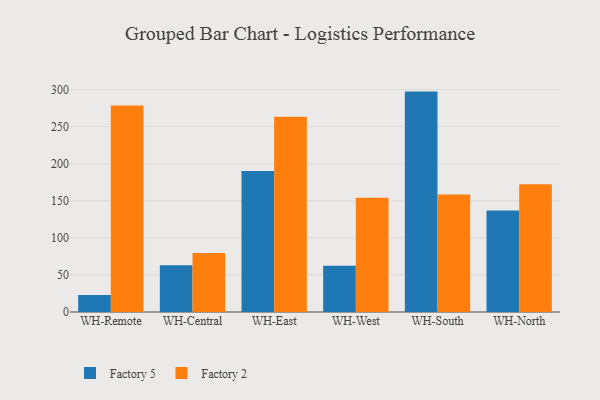
{"axis": {"x": "Warehouse", "y": "Inventory Turnover"}, "legend": ["Factory 2", "Factory 5"], "data": [{"x": "WH-Remote", "y": 23.0, "type": "Factory 5"}, {"x": "WH-Remote", "y": 278.5, "type": "Factory 2"}, {"x": "WH-Central", "y": 63.1, "type": "Factory 5"}, {"x": "WH-Central", "y": 79.4, "type": "Factory 2"}, {"x": "WH-East", "y": 190.1, "type": "Factory 5"}, {"x": "WH-East", "y": 263.2, "type": "Factory 2"}, {"x": "WH-West", "y": 62.5, "type": "Factory 5"}, {"x": "WH-West", "y": 154.1, "type": "Factory 2"}, {"x": "WH-South", "y": 297.2, "type": "Factory 5"}, {"x": "WH-South", "y": 158.5, "type": "Factory 2"}, {"x": "WH-North", "y": 136.9, "type": "Factory 5"}, {"x": "WH-North", "y": 172.1, "type": "Factory 2"}]}